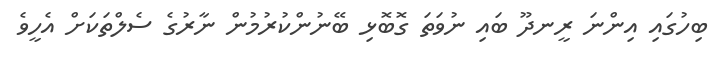
ބިހުގައި އިންނަ ރީނދޫ ބައި ނުވަތަ ގޮބޮޅި ބޭނުންކުރުމުން ނާރުގެ ސެލްތަކަށް އެހީވެ